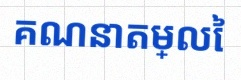
គណនាតម្លៃ